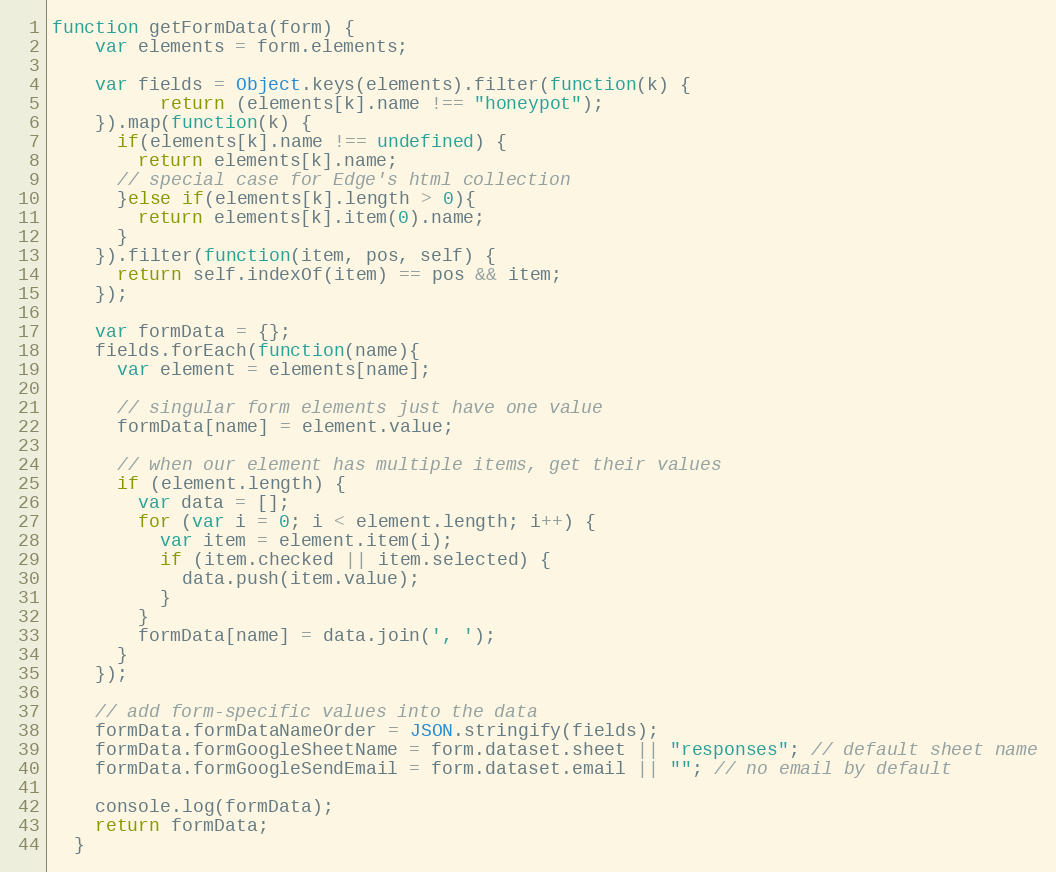
Language: JavaScript
function getFormData(form) {
    var elements = form.elements;

    var fields = Object.keys(elements).filter(function(k) {
          return (elements[k].name !== "honeypot");
    }).map(function(k) {
      if(elements[k].name !== undefined) {
        return elements[k].name;
      // special case for Edge's html collection
      }else if(elements[k].length > 0){
        return elements[k].item(0).name;
      }
    }).filter(function(item, pos, self) {
      return self.indexOf(item) == pos && item;
    });

    var formData = {};
    fields.forEach(function(name){
      var element = elements[name];

      // singular form elements just have one value
      formData[name] = element.value;

      // when our element has multiple items, get their values
      if (element.length) {
        var data = [];
        for (var i = 0; i < element.length; i++) {
          var item = element.item(i);
          if (item.checked || item.selected) {
            data.push(item.value);
          }
        }
        formData[name] = data.join(', ');
      }
    });

    // add form-specific values into the data
    formData.formDataNameOrder = JSON.stringify(fields);
    formData.formGoogleSheetName = form.dataset.sheet || "responses"; // default sheet name
    formData.formGoogleSendEmail = form.dataset.email || ""; // no email by default

    console.log(formData);
    return formData;
  }